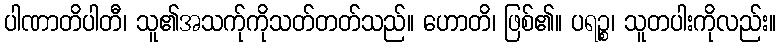
ပါဏာတိပါတီ၊ သူ၏အသက်ုကိုသတ်တတ်သည်။ ဟောတိ၊ ဖြစ်၏။ ပရဉ္စ၊ သူတပါးကိုလည်း။